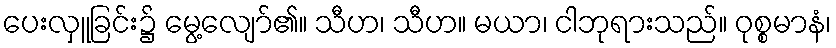
ပေးလှူခြင်း၌ မွေ့လျော်၏။ သီဟ၊ သီဟ။ မယာ၊ ငါဘုရားသည်။ ဝုစ္စမာနံ၊